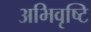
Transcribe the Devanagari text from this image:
अभिवृष्टि